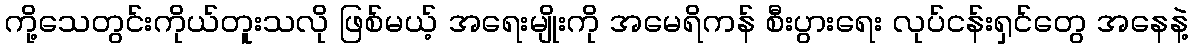
ကို့သေတွင်းကိုယ်တူးသလို ဖြစ်မယ့် အရေးမျိုးကို အမေရိကန် စီးပွားရေး လုပ်ငန်းရှင်တွေ အနေနဲ့